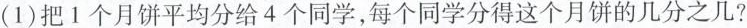
(1)把1个月饼平均分给4个同学，每个同学分得这个月饼的几分之几?